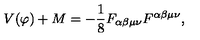
V ( \varphi ) + M = - \frac { 1 } { 8 } F _ { \alpha \beta \mu \nu } F ^ { \alpha \beta \mu \nu } ,